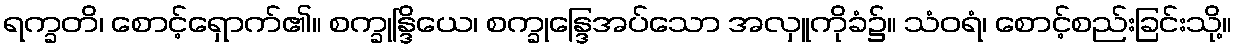
ရက္ခတိ၊ စောင့်ရှောက်၏။ စက္ခုန္ဒြိယေ၊ စက္ခုန္ဒြေအပ်သော အလှူကိုခံ၌။ သံဝရံ၊ စောင့်စည်းခြင်းသို့။